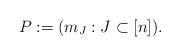
LaTeX: \begin{align*}P:=(m_J: J\subset[n]).\end{align*}